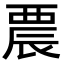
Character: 𨑇